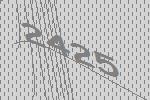
2425